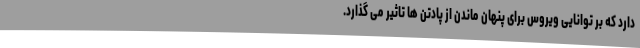
دارد که بر توانایی ویروس برای پنهان ماندن از پادتن ها تاثیر می گذارد.